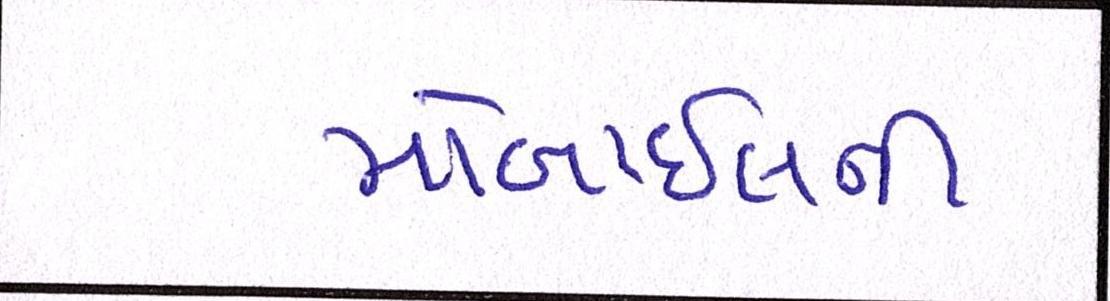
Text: મોબાઇલની